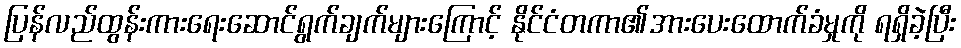
ပြန်လည်ထွန်းကားရေးဆောင်ရွက်ချက်များကြောင့် နိုင်ငံတကာ၏အားပေးထောက်ခံမှုကို ရရှိခဲ့ပြီး